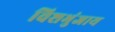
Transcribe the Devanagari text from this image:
विशभुंजाय